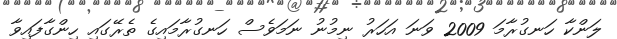
ލަންކާ ހަނގުރާމަ 2009 ވަނަ އަހަރު ނިމުނު ނަމަވެސް ހަނގުރާމައިގެ ތެރޭގައި ހިންގާފައިވާ